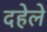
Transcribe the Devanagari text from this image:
दहेले